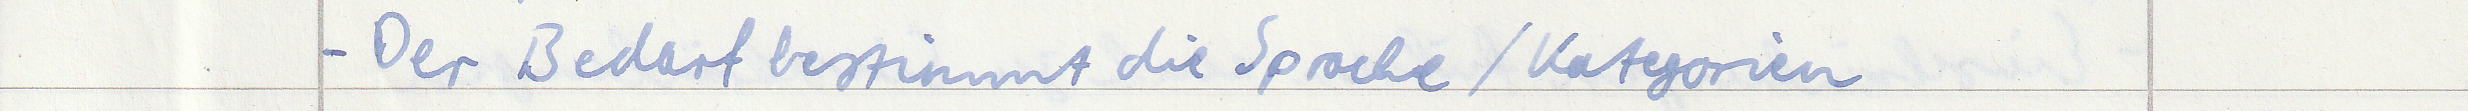
- Der Bedarf bestimmt die Sprache / Kategorien